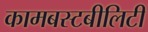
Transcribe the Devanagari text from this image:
कामबस्टबीलिटी